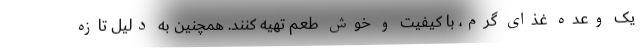
یک وعده غذای گرم، با کیفیت و خوش طعم تهیه کنند. همچنین به دلیل تازه